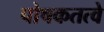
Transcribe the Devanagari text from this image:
पोषकतत्वे